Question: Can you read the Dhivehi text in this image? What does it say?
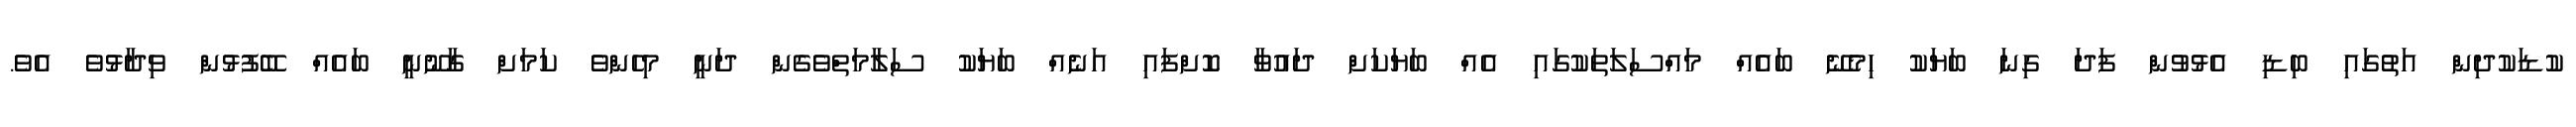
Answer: ކުޑަކުދިން އަތުގައި ބިޑި އެޅުވުން ފަދަ ގިނަ ބަޔަކު ހިމެނޭ ބައެއް މައްސަލަތަކުގައި އެއް ބަޔަކަށް ދައުވާ ކޮށްފައި އަނެއް ބަޔަކު ސަލާމަތްވެގެން ދަނީ މިހެންވެ ކަމަށް ގާނޫނީ ބައެއް ބޭފުޅުން ވިދާޅުވެ އެވެ.